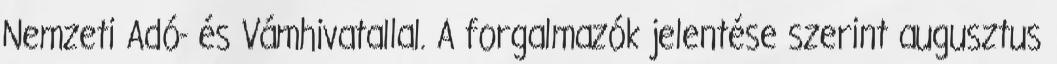
Nemzeti Adó- és Vámhivatallal. A forgalmazók jelentése szerint augusztus